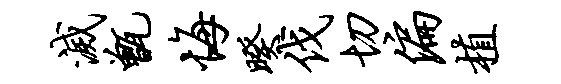
灭甑悔暌伐切偏植